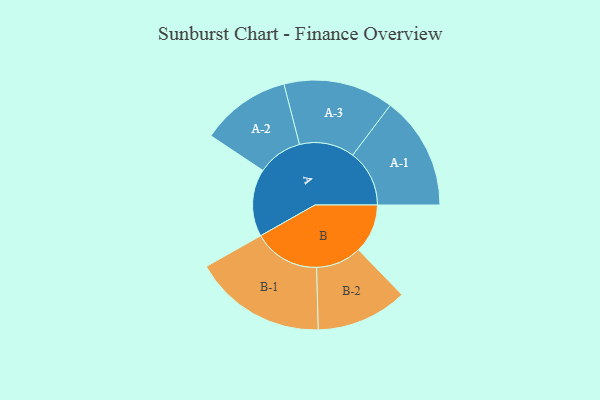
{"axis": {"x": "Segment", "y": "Value"}, "legend": ["", "A", "B"], "data": [{"x": "A", "y": 293, "type": ""}, {"x": "B", "y": 213, "type": ""}, {"x": "A-1", "y": 246, "type": "A"}, {"x": "A-2", "y": 195, "type": "A"}, {"x": "A-3", "y": 239, "type": "A"}, {"x": "B-1", "y": 288, "type": "B"}, {"x": "B-2", "y": 198, "type": "B"}]}